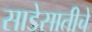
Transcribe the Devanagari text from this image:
साडेसातीचे